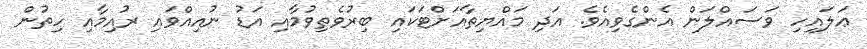
ޢަލައިހި ވަސައްލަން އެންގެވިއެވެ. އަދި މައްޔިތާއަށްޓަކައި ބިރުވެތިވުމާއި އަޑު ނުއިއްވައި ރުއިމާއި ހިތުން